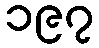
၁၉၇